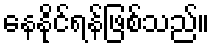
နေနိုင်ရန်ဖြစ်သည်။